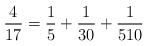
LaTeX: \begin{align*}\frac{4}{17} = \frac{ 1 }{ 5 } + \frac{ 1 }{ 30} + \frac{ 1 }{ 510} \end{align*}